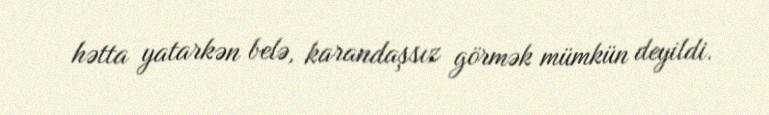
hətta yatarkən belə, karandaşsız görmək mümkün deyildi.